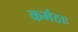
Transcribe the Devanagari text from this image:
कर्मठाः